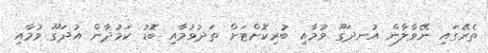
ތެރޭގައި ނޭވާލާން އުނދަގޫ ވުމާއި ބުރިކޮށްޓަށް ތަދުވުމާއި ބޮޑު ކަމުދާން އުދަގޫ ވުމާއި